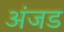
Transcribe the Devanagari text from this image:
अंजड